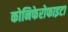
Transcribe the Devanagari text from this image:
कोनिफेरोफाइटा